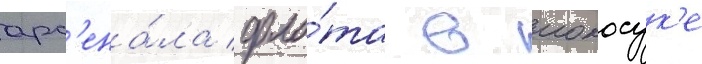
арс'ена́ла фло́та в иокосук'е